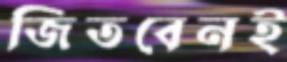
জিতবেনই